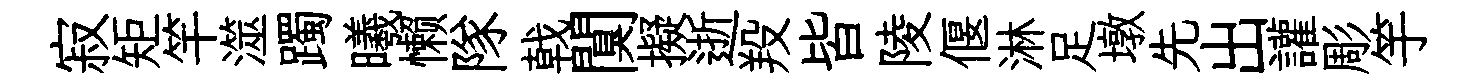
寂矩竿澨躅曦懒隊戟闃擬逝羖皆陵偃淋足墩先出讙彫竽